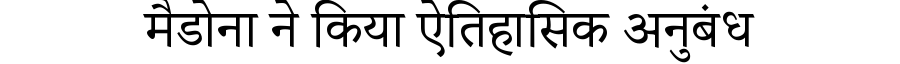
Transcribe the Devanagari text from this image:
मैडोना ने किया ऐतिहासिक अनुबंध